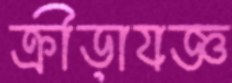
ক্রীড়াযজ্ঞ